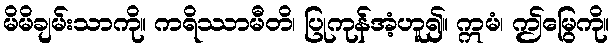
မိမိချမ်းသာကို။ ကရိဿာမီတိ၊ ပြုကုန်အံ့ဟူ၍။ ဣမံ၊ ဤမြွေကို။